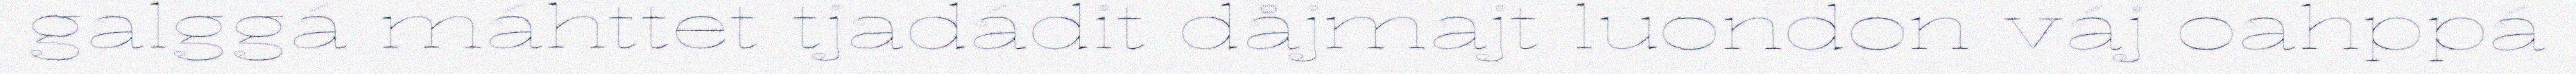
galggá máhttet tjadádit dåjmajt luondon váj oahppá